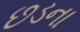
છડના